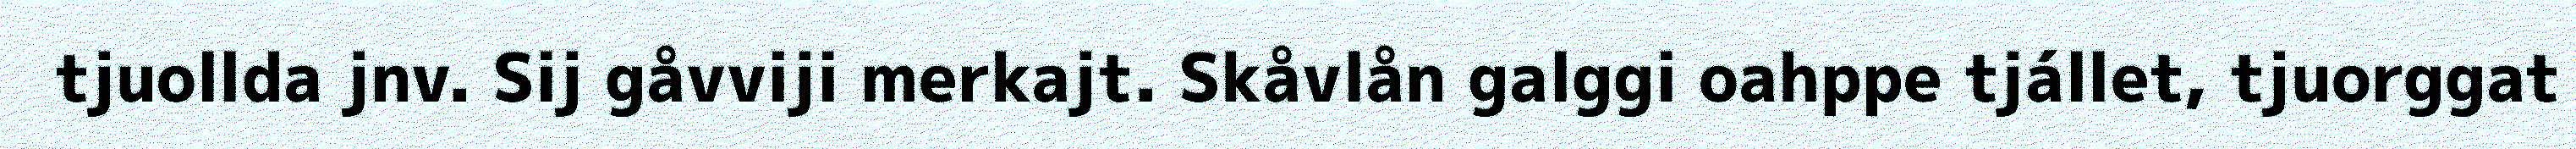
tjuollda jnv. Sij gåvviji merkajt. Skåvlån galggi oahppe tjállet, tjuorggat